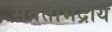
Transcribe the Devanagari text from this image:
सर्वतोभद्राय